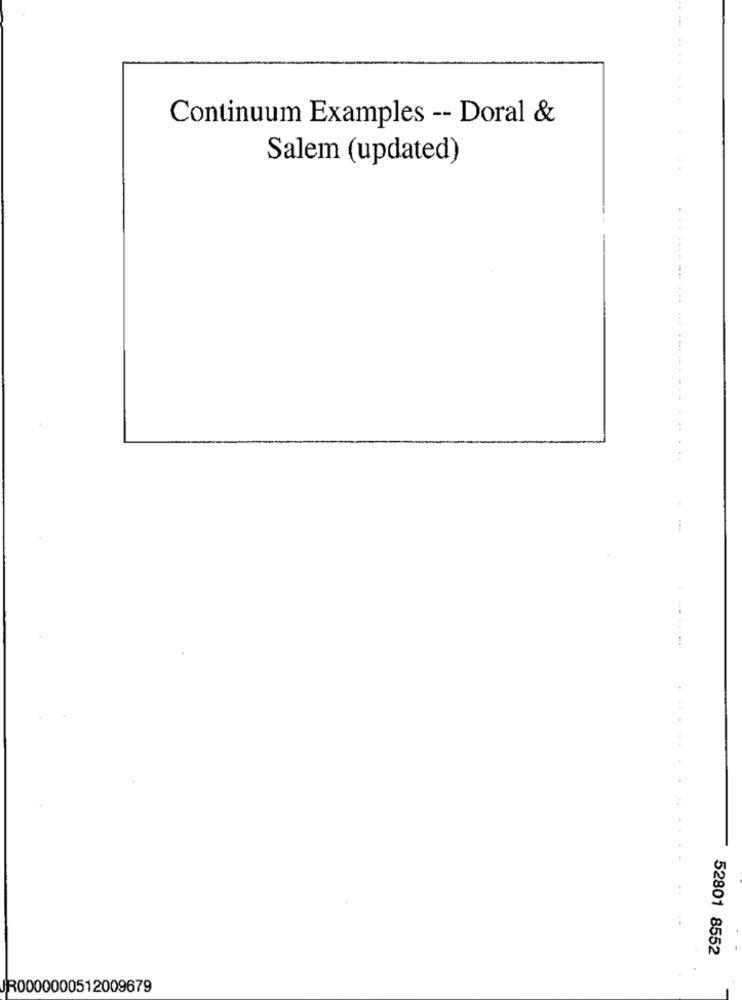
Continuum Examples -- Doral &
Salem (updated)
......
52801 8552
JR0000000512009679